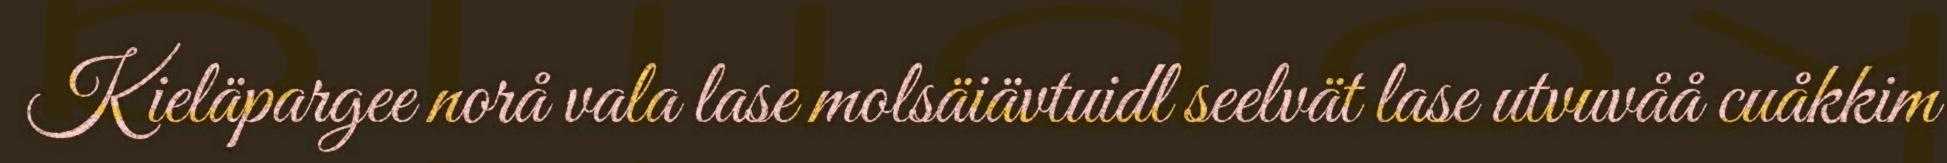
Kieläpargee norå vala lase molsäiävtuidl seelvät lase utvuvåå cuåkkim